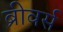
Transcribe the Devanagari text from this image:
ब्रीवर्स